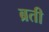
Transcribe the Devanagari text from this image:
ब्रती